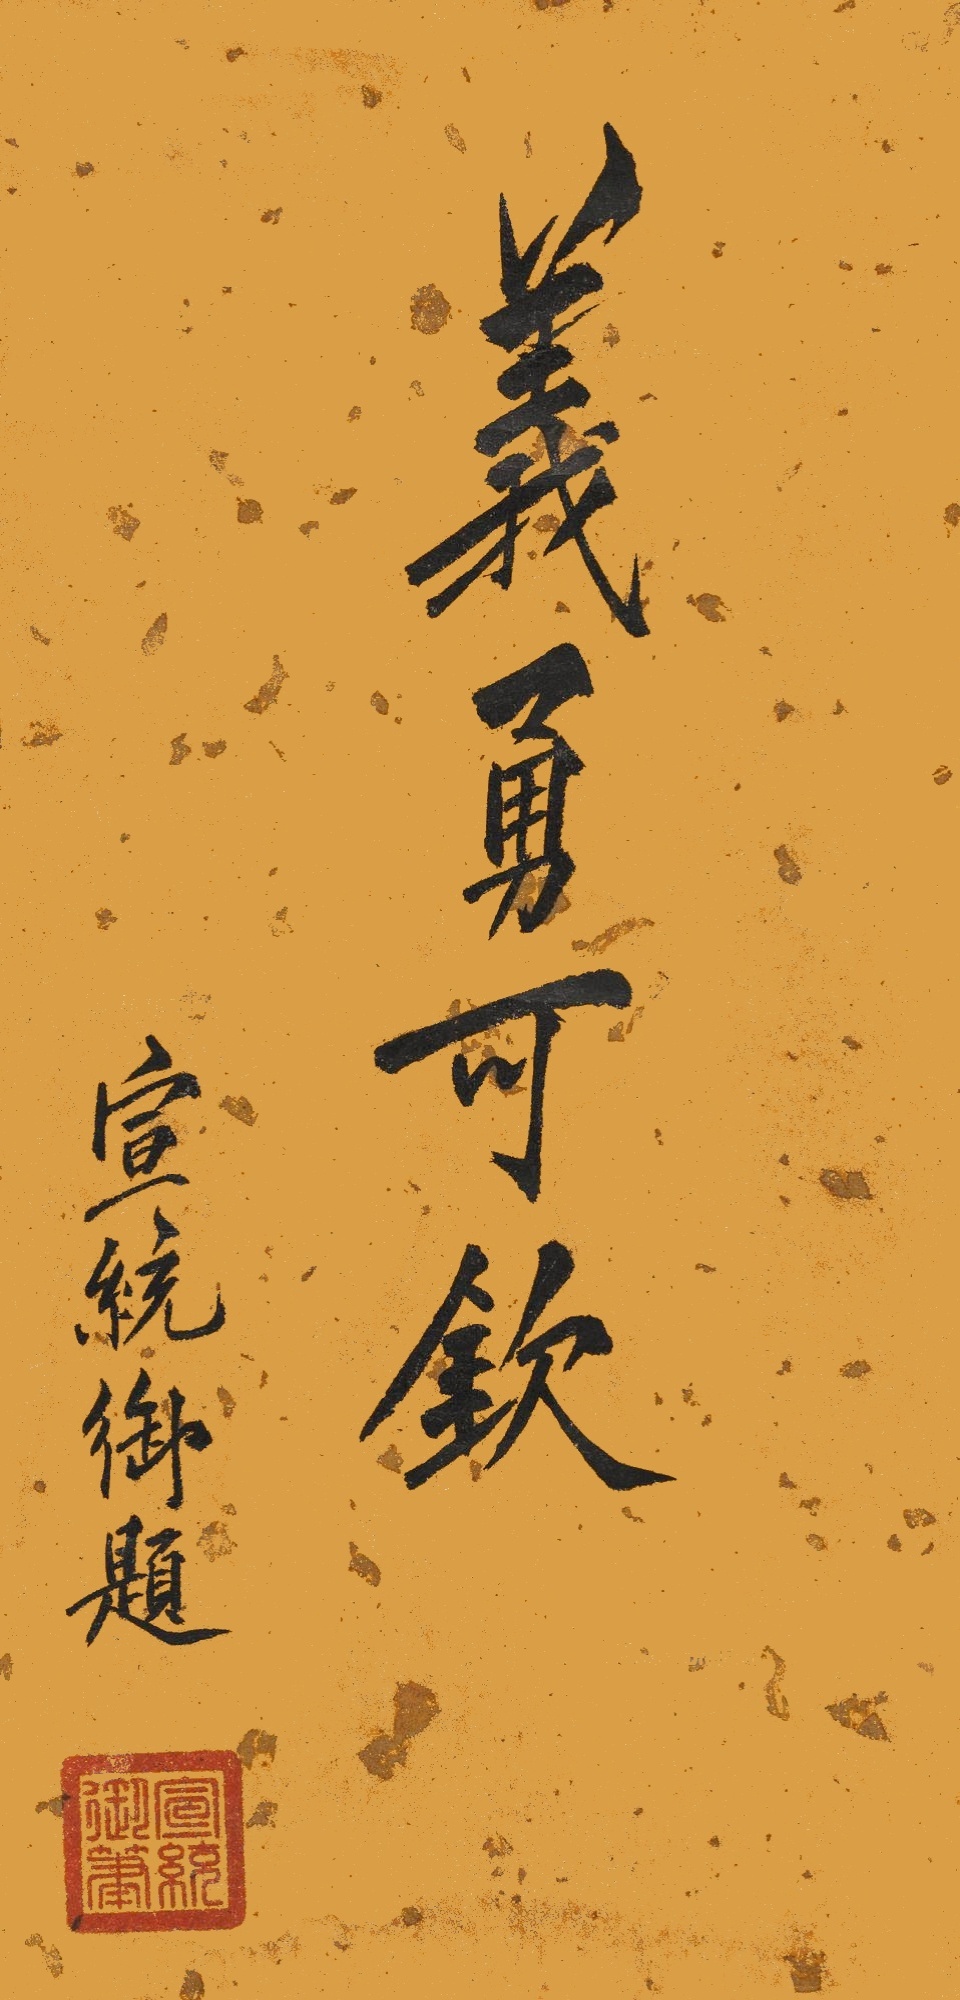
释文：义勇可钦宣统御题。